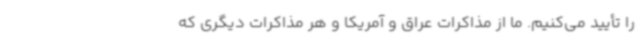
را تأیید می‌کنیم. ما از مذاکرات عراق و آمریکا و هر مذاکرات دیگری که